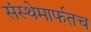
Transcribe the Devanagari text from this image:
संस्थेमार्फतच